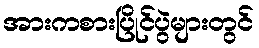
အားကစားပြိုင်ပွဲများတွင်